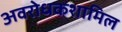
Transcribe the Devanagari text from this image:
अवरोधकशामिल